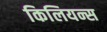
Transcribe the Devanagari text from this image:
किलियन्स